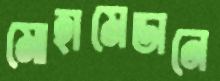
মোহামেডানে